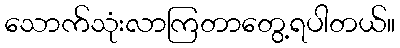
သောက်သုံးလာကြတာတွေ့ရပါတယ်။